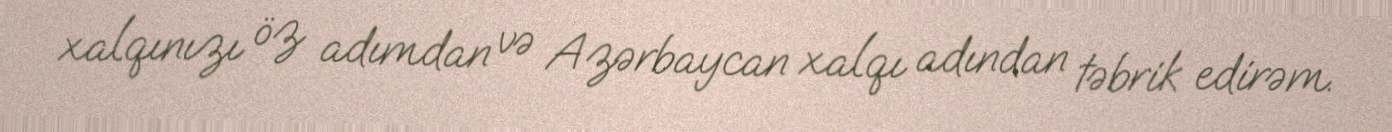
xalqınızı öz adımdan və Azərbaycan xalqı adından təbrik edirəm.